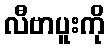
လီဗာပူးကို